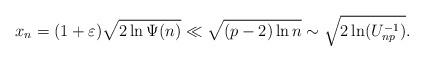
LaTeX: \begin{align*}x_n=(1+\varepsilon)\sqrt{2\ln\Psi(n)}\ll \sqrt{(p-2)\ln n}\sim \sqrt{2\ln(U_{np}^{-1})}.\end{align*}